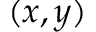
( x , y )